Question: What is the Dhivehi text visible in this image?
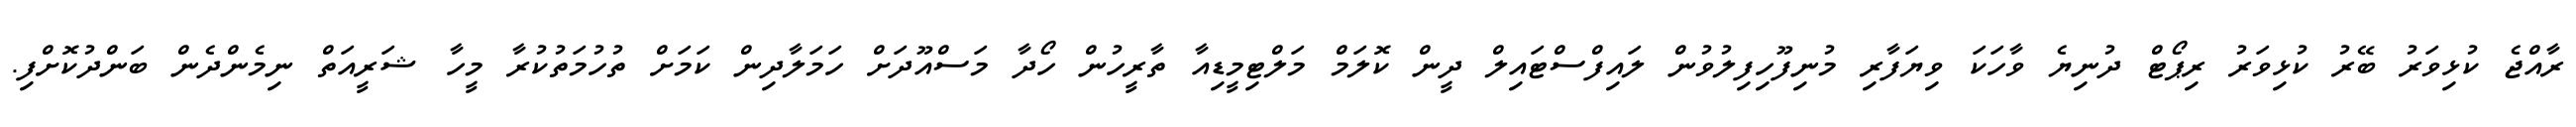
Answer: ރާއްޖެ ކުޅިވަރު ބޭރު ކުޅިވަރު ރިޕޯޓް ދުނިޔެ ވާހަކަ ވިޔަފާރި މުނިފޫހިފިލުވުން ލައިފްސްޓައިލް ދީން ކޮލަމް މަލްޓިމީޑިއާ ތާރީހުން ހޯދާ މަސްއޫދަށް ހަމަލާދިން ކަމަށް ތުހުމަތުކުރާ މީހާ ޝަރީއަތް ނިމެންދެން ބަންދުކޮށްފި.